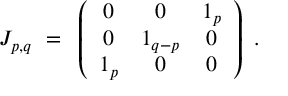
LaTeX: J _ { p , q } ~ = ~ \left( \begin{array} { c c c } { { 0 } } & { { 0 } } & { { 1 _ { p } } } \\ { { 0 } } & { { 1 _ { q - p } } } & { { 0 } } \\ { { 1 _ { p } } } & { { 0 } } & { { 0 } } \end{array} \right) ~ .